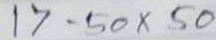
17 - 50 x 50